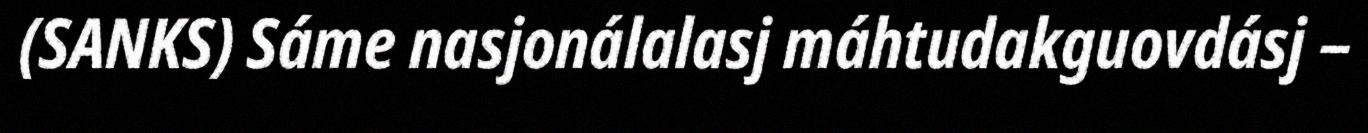
(SANKS) Sáme nasjonálalasj máhtudakguovdásj –